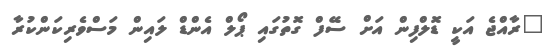
"ރާއްޖެ އަކީ ޑޮލްފިން އަށް ސޭފް ގޮތުގައި ޕޯލް އެންޑް ލައިން މަސްވެރިކަންކުރާ